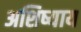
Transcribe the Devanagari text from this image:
अशिष्याय